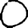
Digit: 0